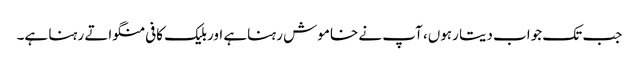
جب تک جواب دیتا رہوں، آپ نے خاموش رہناہے اوربلیک کافی منگواتے رہنا ہے۔